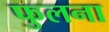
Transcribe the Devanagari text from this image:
फुलना